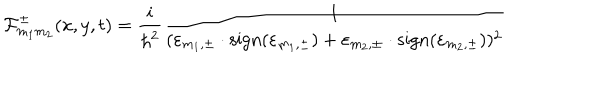
{ \cal F } _ { m _ { 1 } m _ { 2 } } ^ { \pm } ( x , y , t ) = \frac { i } { { \hbar } ^ { 2 } } \frac { 1 } { ( { \varepsilon } _ { m _ { 1 } , \pm } \cdot \mathrm { s i g n } ( { \varepsilon } _ { m _ { 1 } , \pm } ) + { \varepsilon } _ { m _ { 2 } , \pm } \cdot \mathrm { s i g n } ( { \varepsilon } _ { m _ { 2 } , \pm } ) ) ^ { 2 } }